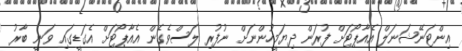
އިންޓަނޭޝަނަލް އެއާޕޯޓަށް ފުރަން ދިޔަމީހުންނަށް ނުފުރި ލަސްވެގެން އެއާޕޯޓަށް އެގަޑީގައި ވަނީ ބާރު